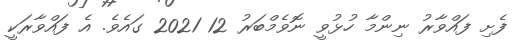
ފެށި ފައްވާރު ނިންމާ ހުޅުވީ ނޮވެމްބަރު 12 2021 ގައެވެ. އެ ފައްވާރަކީ